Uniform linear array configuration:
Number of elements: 12
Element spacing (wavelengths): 0.25
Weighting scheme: kaiser
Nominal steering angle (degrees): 0
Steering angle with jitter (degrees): -0.4389
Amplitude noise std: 0.05
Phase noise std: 0.05

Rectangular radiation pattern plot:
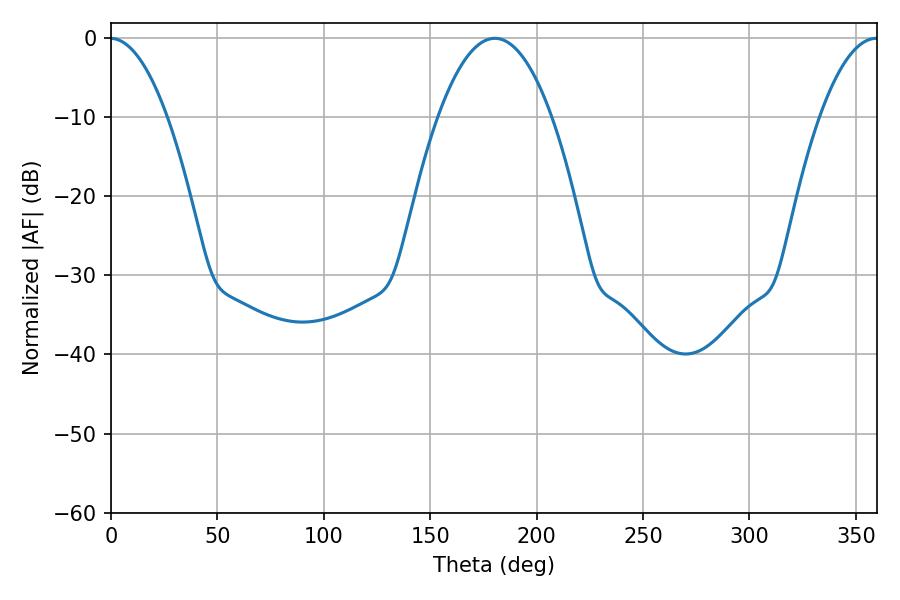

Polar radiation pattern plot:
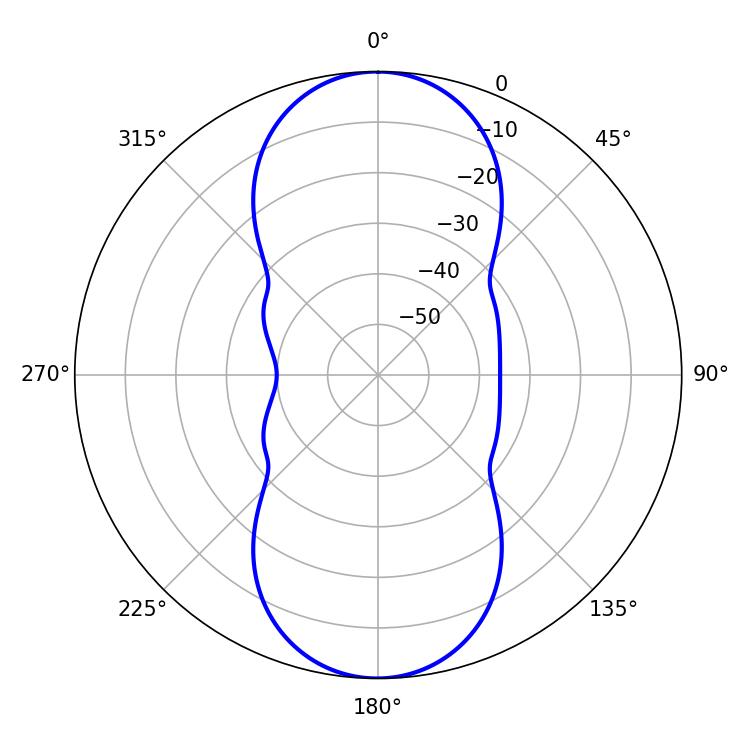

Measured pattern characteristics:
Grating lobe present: FALSE
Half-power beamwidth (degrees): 29.52
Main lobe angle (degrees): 180.36